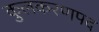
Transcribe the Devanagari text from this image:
कुलकरणपद